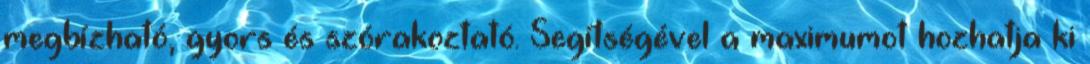
megbízható, gyors és szórakoztató. Segítségével a maximumot hozhatja ki